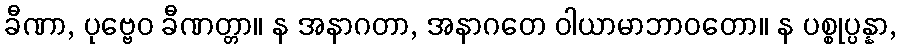
ခီဏာ, ပုဗ္ဗေဝ ခီဏတ္တာ။ န အနာဂတာ, အနာဂတေ ဝါယာမာဘာဝတော။ န ပစ္စုပ္ပန္နာ,